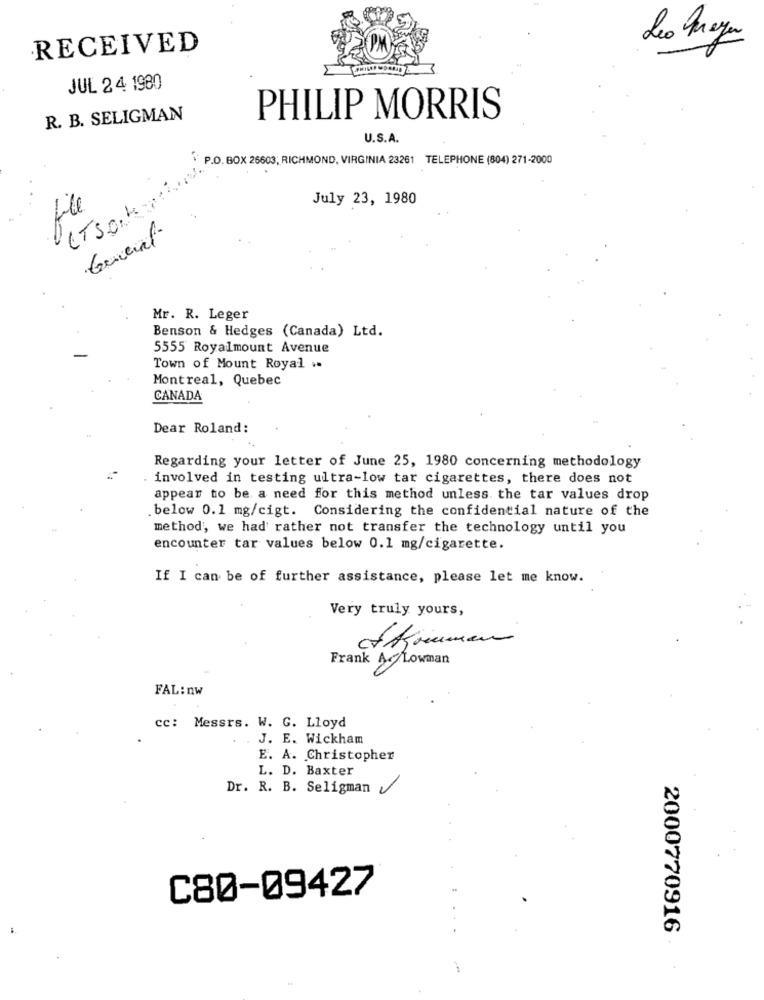
Leo Maya
RECEIVED
JUL 2 4 1980
R. B. SELIGMAN
PHILIP MORRIS
U.S.A.
P.O. BOX 26603; RICHMOND, VIRGINIA 23261 TELEPHONE (804) 271-2000
July 23, 1980
file
General
Mr. R. Leger
Benson & Hedges (Canada) Ltd.
5555 Royalmount Avenue
Town of Mount Royal ..
Montreal, Quebec
CANADA
Dear Roland:
Regarding your letter of June 25, 1980 concerning methodology
involved in testing ultra-low tar cigarettes, there does not
appear to be a need for this method unless the tar values drop
below 0.1 mg/cigt. Considering the confidential nature of the
method, we had rather not transfer the technology until you
encounter tar values below 0.1 mg/cigarette.
If I can be of further assistance, please let me know.
Very truly yours,
o Ajoumen
Frank AGLowman
FAL:nw
cc: Messrs. W. G. Lloyd
J. E. Wickham
E. A. Christopher
L. D. Baxter
Dr. R. B. Seligman y
C80-09427
2000770916